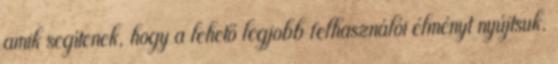
amik segítenek, hogy a lehető legjobb felhasználói élményt nyújtsuk.